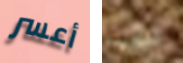
أعسر حررت